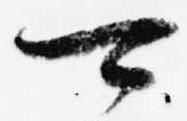
可